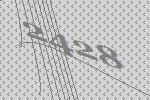
2428